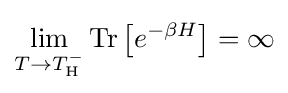
\lim _{T\rightarrow T_{\text{H}}^{-}}\operatorname {Tr} \left[e^{-\beta H}\right]=\infty